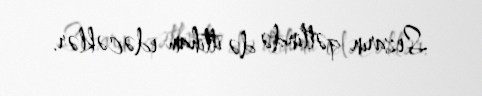
Sezarın qətlində də ittiham edəcəklər.